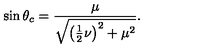
\sin { \theta _ { c } } = \frac { \mu } { \sqrt { \left( \frac { 1 } { 2 } \nu \right) ^ { 2 } + \mu ^ { 2 } } } .